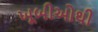
ખૂબીઓથી